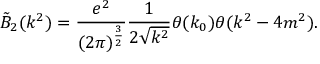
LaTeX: \tilde { B } _ { 2 } ( k ^ { 2 } ) = \frac { e ^ { 2 } } { ( 2 \pi ) ^ { \frac { 3 } { 2 } } } \frac { 1 } { 2 \sqrt { k ^ { 2 } } } \theta ( k _ { 0 } ) \theta ( k ^ { 2 } - 4 m ^ { 2 } ) .